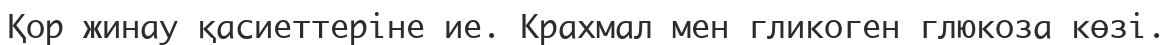
Қор жинау қасиеттеріне ие. Крахмал мен гликоген глюкоза көзі.